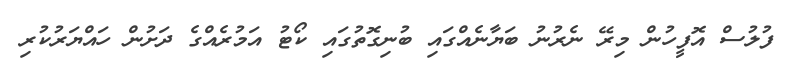
ފުލުސް އޮފީހުން މިރޭ ނެރުނު ބަޔާނެއްގައި ބުނިގޮތުގައި ކޯޓު އަމުރެއްގެ ދަށުން ހައްޔަރުކުރި